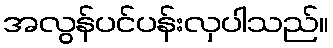
အလွန်ပင်ပန်းလှပါသည်။